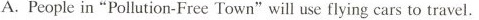
A.People in "Pollution-Free Town"will use flying cars to travel.